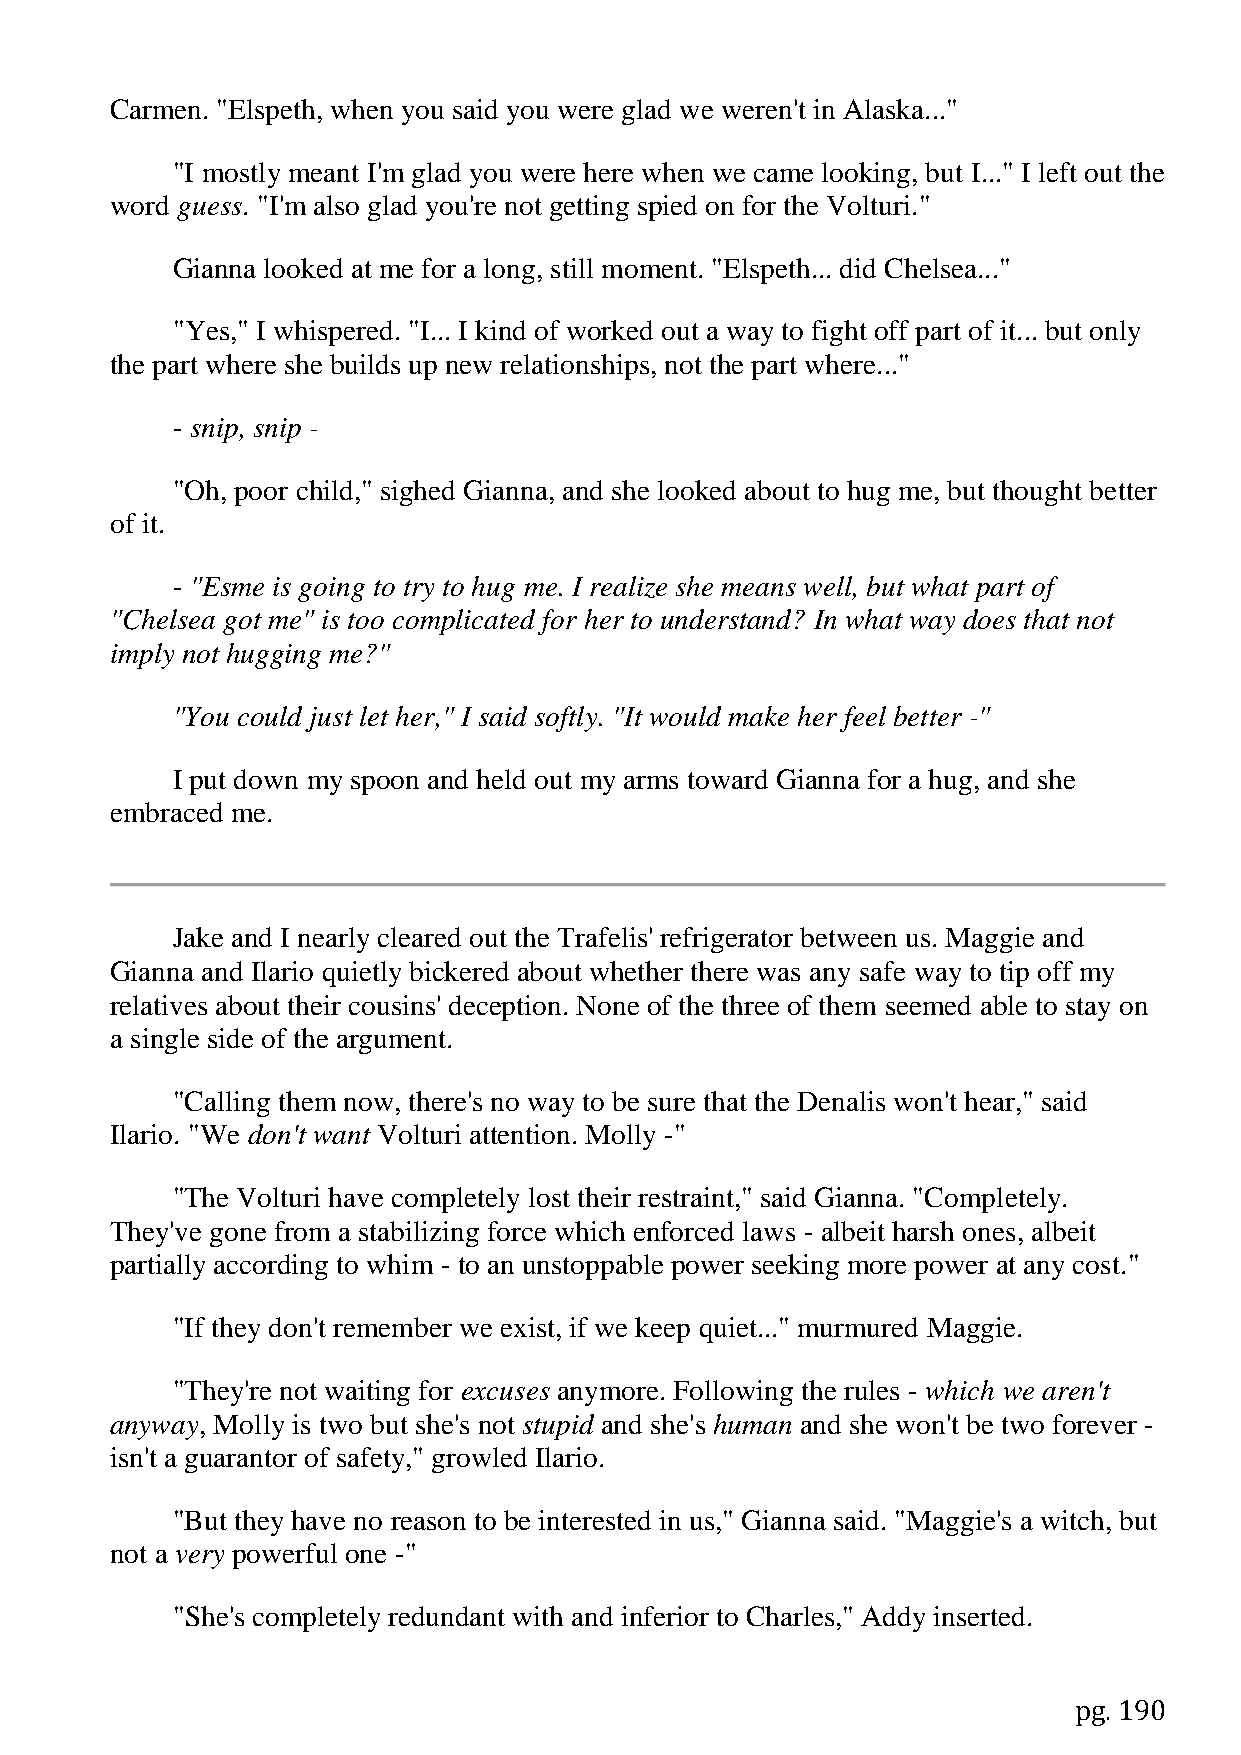
Carmen. "Elspeth, when you said you were glad we weren't in Alaska..."
 "I mostly meant I'm glad you were here when we came looking, but I..." I left out the
 word guess. "I'm also glad you're not getting spied on for the Volturi."
 Gianna looked at me for a long, still moment. "Elspeth... did Chelsea..."
 "Yes," I whispered. "I... I kind of worked out a way to fight off part of it... but only
 the part where she builds up new relationships, not the part where..."
 - snip, snip -
 "Oh, poor child," sighed Gianna, and she looked about to hug me, but thought better
 of it.
 - "Esme is going to try to hug me. I realize she means well, but what part of
 "Chelsea got me" is too complicated for her to understand? In what way does that not
 imply not hugging me?"
 "You could just let her," I said softly. "It would make her feel better -"
 I put down my spoon and held out my arms toward Gianna for a hug, and she
 embraced me.
 Jake and I nearly cleared out the Trafelis' refrigerator between us. Maggie and
 Gianna and Ilario quietly bickered about whether there was any safe way to tip off my
 relatives about their cousins' deception. None of the three of them seemed able to stay on
 a single side of the argument.
 "Calling them now, there's no way to be sure that the Denalis won't hear," said
 Ilario. "We don't want Volturi attention. Molly -"
 "The Volturi have completely lost their restraint," said Gianna. "Completely.
 They've gone from a stabilizing force which enforced laws - albeit harsh ones, albeit
 partially according to whim - to an unstoppable power seeking more power at any cost."
 "If they don't remember we exist, if we keep quiet..." murmured Maggie.
 "They're not waiting for excuses anymore. Following the rules - which we aren't
 anyway, Molly is two but she's not stupid and she's human and she won't be two forever -
 isn't a guarantor of safety," growled Ilario.
 "But they have no reason to be interested in us," Gianna said. "Maggie's a witch, but
 not a very powerful one -"
 "She's completely redundant with and inferior to Charles," Addy inserted.
 pg. 190